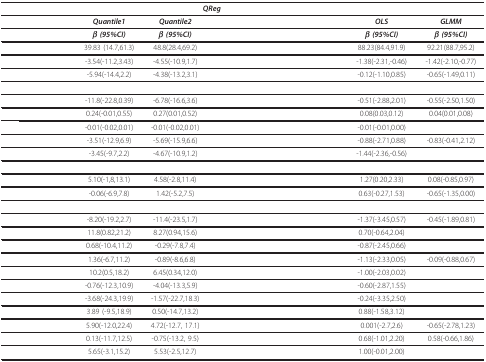
<table><thead><tr><td>[EMPTY_CELL]</td><td colspan="4"><b><i>QReg</i></b></td><td>[EMPTY_CELL]</td><td>[EMPTY_CELL]</td></tr></thead><tbody><tr><td>[EMPTY_CELL]</td><td><i><b>Quantile1</b></i></td><td><i><b>Quantile2</b></i></td><td>[EMPTY_CELL]</td><td>[EMPTY_CELL]</td><td><i><b>OLS</b></i></td><td><i><b>GLMM</b></i></td></tr><tr><td>[EMPTY_CELL]</td><td><i><b>β (95%CI)</b></i></td><td><i><b>β (95%CI)</b></i></td><td>[EMPTY_CELL]</td><td>[EMPTY_CELL]</td><td><i><b>β (95%CI)</b></i></td><td><i><b>β (95%CI)</b></i></td></tr><tr><td>[EMPTY_CELL]</td><td>39.83 (14.7,61.3)</td><td>48.8(28.4,69.2)</td><td>[EMPTY_CELL]</td><td>[EMPTY_CELL]</td><td>88.23(84.4,91.9)</td><td>92.21(88.7,95.2)</td></tr><tr><td>[EMPTY_CELL]</td><td>-3.54(-11.2,3.43)</td><td>-4.55(-10.9,1.7)</td><td>[EMPTY_CELL]</td><td>[EMPTY_CELL]</td><td>-1.38(-2.31,-0.46)</td><td>-1.42(-2.10,-0.77)</td></tr><tr><td>[EMPTY_CELL]</td><td>-5.94(-14.4,2.2)</td><td>-4.38(-13.2,3.1)</td><td>[EMPTY_CELL]</td><td>[EMPTY_CELL]</td><td>-0.12(-1.10,0.85)</td><td>-0.65(-1.49,0.11)</td></tr><tr><td>[EMPTY_CELL]</td><td>[EMPTY_CELL]</td><td>[EMPTY_CELL]</td><td>[EMPTY_CELL]</td><td>[EMPTY_CELL]</td><td>[EMPTY_CELL]</td><td>[EMPTY_CELL]</td></tr><tr><td>[EMPTY_CELL]</td><td>-11.8(-22.8,0.39)</td><td>-6.78(-16.6,3.6)</td><td>[EMPTY_CELL]</td><td>[EMPTY_CELL]</td><td>-0.51(-2.88,2.01)</td><td>-0.55(-2.50,1.50)</td></tr><tr><td>[EMPTY_CELL]</td><td>0.24(-0.01,0.55)</td><td>0.27(0.01,0.52)</td><td>[EMPTY_CELL]</td><td>[EMPTY_CELL]</td><td>0.08(0.03,0.12)</td><td>0.04(0.01,0.08)</td></tr><tr><td>[EMPTY_CELL]</td><td>-0.01(-0.02,0.01)</td><td>-0.01(-0.02,0.01)</td><td>[EMPTY_CELL]</td><td>[EMPTY_CELL]</td><td>-0.01(-0.01,0.00)</td><td>[EMPTY_CELL]</td></tr><tr><td>[EMPTY_CELL]</td><td>-3.51(-12.9,6.9)</td><td>-5.69(-15.9,6.6)</td><td>[EMPTY_CELL]</td><td>[EMPTY_CELL]</td><td>-0.88(-2.71,0.88)</td><td>-0.83(-0.41,2.12)</td></tr><tr><td>[EMPTY_CELL]</td><td>-3.45(-9.7,2.2)</td><td>-4.67(-10.9,1.2)</td><td>[EMPTY_CELL]</td><td>[EMPTY_CELL]</td><td>-1.44(-2.36,-0.56)</td><td>[EMPTY_CELL]</td></tr><tr><td>[EMPTY_CELL]</td><td>[EMPTY_CELL]</td><td>[EMPTY_CELL]</td><td>[EMPTY_CELL]</td><td>[EMPTY_CELL]</td><td>[EMPTY_CELL]</td><td>[EMPTY_CELL]</td></tr><tr><td>[EMPTY_CELL]</td><td>5.10(-1,8,13.1)</td><td>4.58(-2.8,11.4)</td><td>[EMPTY_CELL]</td><td>[EMPTY_CELL]</td><td>1.27(0.20,2.33)</td><td>0.08(-0.85,0.97)</td></tr><tr><td>[EMPTY_CELL]</td><td>-0.06(-6.9,7.8)</td><td>1.42(-5.2,7.5)</td><td>[EMPTY_CELL]</td><td>[EMPTY_CELL]</td><td>0.63(-0.27,1.53)</td><td>-0.65(-1.35,0.00)</td></tr><tr><td>[EMPTY_CELL]</td><td>[EMPTY_CELL]</td><td>[EMPTY_CELL]</td><td>[EMPTY_CELL]</td><td>[EMPTY_CELL]</td><td>[EMPTY_CELL]</td><td>[EMPTY_CELL]</td></tr><tr><td>[EMPTY_CELL]</td><td>-8.20(-19.2,2.7)</td><td>-11.4(-23.5,1.7)</td><td>[EMPTY_CELL]</td><td>[EMPTY_CELL]</td><td>-1.37(-3.45,0.57)</td><td>-0.45(-1.89,0.81)</td></tr><tr><td>[EMPTY_CELL]</td><td>11.8(0.82,21.2)</td><td>8.27(0.94,15.6)</td><td>[EMPTY_CELL]</td><td>[EMPTY_CELL]</td><td>0.70(-0.64,2.04)</td><td>[EMPTY_CELL]</td></tr><tr><td>[EMPTY_CELL]</td><td>0.68(-10.4,11.2)</td><td>-0.29(-7.8,7.4)</td><td>[EMPTY_CELL]</td><td>[EMPTY_CELL]</td><td>-0.87(-2.45,0.66)</td><td>[EMPTY_CELL]</td></tr><tr><td>[EMPTY_CELL]</td><td>1.36(-6.7,11.2)</td><td>-0.89(-8.6,6.8)</td><td>[EMPTY_CELL]</td><td>[EMPTY_CELL]</td><td>-1.13(-2.33,0.05)</td><td>-0.09(-0.88,0.67)</td></tr><tr><td>[EMPTY_CELL]</td><td>10.2(0.5,18.2)</td><td>6.45(0.34,12.0)</td><td>[EMPTY_CELL]</td><td>[EMPTY_CELL]</td><td>-1.00(-2.03,0.02)</td><td>[EMPTY_CELL]</td></tr><tr><td>[EMPTY_CELL]</td><td>-0.76(-12.3,10.9)</td><td>-4.04(-13.3,5.9)</td><td>[EMPTY_CELL]</td><td>[EMPTY_CELL]</td><td>-0.60(-2.87,1.55)</td><td>[EMPTY_CELL]</td></tr><tr><td>[EMPTY_CELL]</td><td>-3.68(-24.3,19.9)</td><td>-1.57(-22.7,18.3)</td><td>[EMPTY_CELL]</td><td>[EMPTY_CELL]</td><td>-0.24(-3.35,2.50)</td><td>[EMPTY_CELL]</td></tr><tr><td>[EMPTY_CELL]</td><td>3.89 (-9.5,18.9)</td><td>0.50(-14.7,13.2)</td><td>[EMPTY_CELL]</td><td>[EMPTY_CELL]</td><td>0.88(-1.58,3.12)</td><td>[EMPTY_CELL]</td></tr><tr><td>[EMPTY_CELL]</td><td>5.90(-12.0,22.4)</td><td>4.72(-12.7, 17.1)</td><td>[EMPTY_CELL]</td><td>[EMPTY_CELL]</td><td>0.001(-2.7,2.6)</td><td>-0.65(-2.78,1.23)</td></tr><tr><td>[EMPTY_CELL]</td><td>0.13(-11.7,12.5)</td><td>-0.75(-13.2, 9.5)</td><td>[EMPTY_CELL]</td><td>[EMPTY_CELL]</td><td>0.68(-1.01,2.20)</td><td>0.58(-0.66,1.86)</td></tr><tr><td>[EMPTY_CELL]</td><td>5.65(-3.1,15.2)</td><td>5.53(-2.5,12.7)</td><td>[EMPTY_CELL]</td><td>[EMPTY_CELL]</td><td>1.00(-0.01,2.00)</td><td>[EMPTY_CELL]</td></tr></tbody></table>